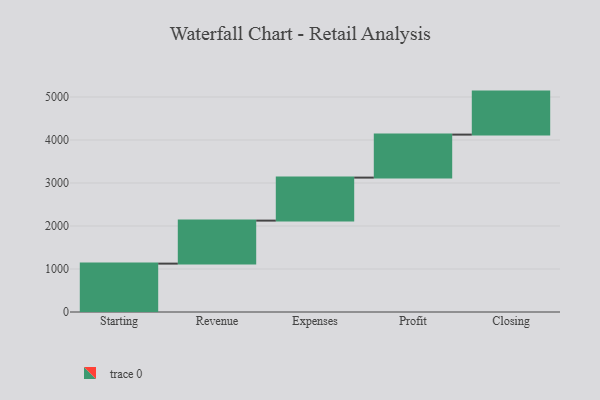
{"axis": {"x": "Step", "y": "Value"}, "legend": [""], "data": [{"x": "Starting", "y": 1125.0, "type": ""}, {"x": "Revenue", "y": 1000, "type": ""}, {"x": "Expenses", "y": 1000, "type": ""}, {"x": "Profit", "y": 1000, "type": ""}, {"x": "Closing", "y": 1000, "type": ""}]}